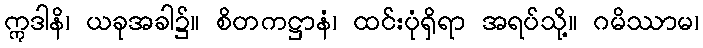
ဣဒါနိ၊ ယခုအခါ၌။ စိတကဋ္ဌာနံ၊ ထင်းပုံရှိရာ အရပ်သို့။ ဂမိဿာမ၊